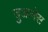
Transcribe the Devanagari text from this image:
जुआनेस